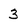
Character: 3